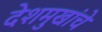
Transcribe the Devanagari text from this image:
देशमुखांचे